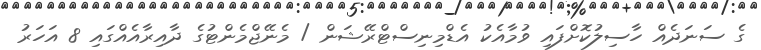
ގެ ސަނަދެއް ހާސިލުކޮށްފައި ވުމާއެކު އެޑްމިނިސްޓްރޭޝަން / މެނޭޖްމެންޓުގެ ދާއިރާއެއްގައި 8 އަހަރު